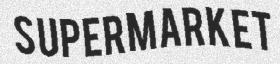
SUPERMARKET